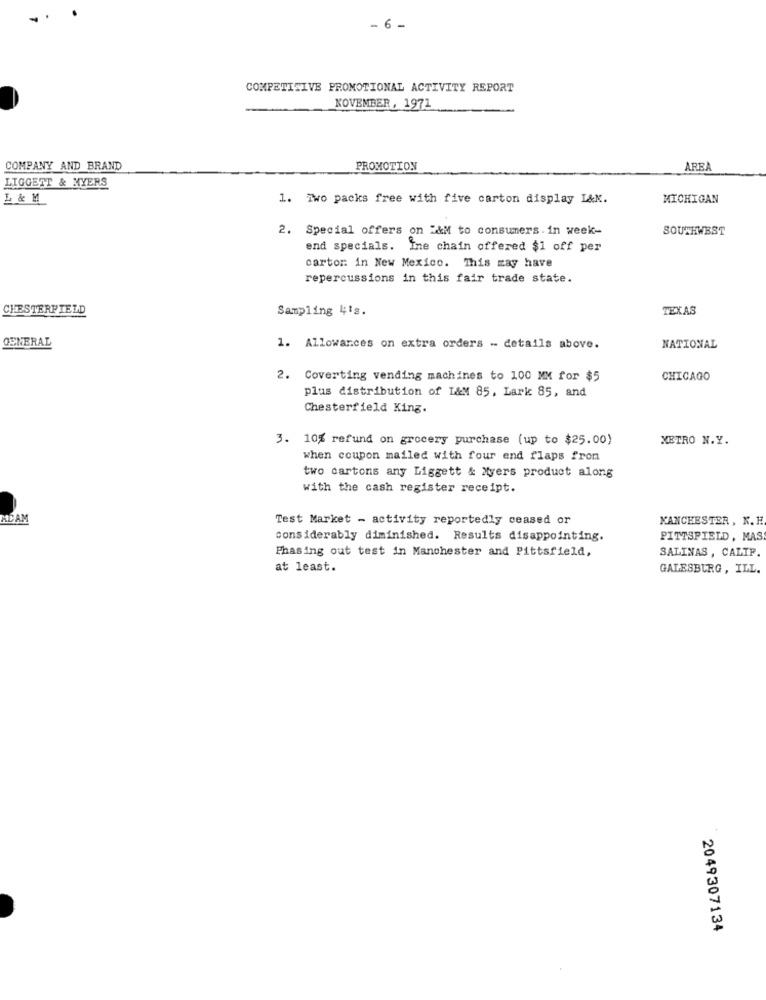
. 6 -
COMPETISIVE PROMOTIONAL ACTIVITY REPORT
NOVEMBER, 1971
COMPANY AND BRAND
PROMOTION
AREA
LIGGETT & MYERS
L & M
1. Two packs free with five carton display L&K.
MICHIGAN
2. Special offers on "&M to consumers. in week-
SOUTHWEST
end specials. Ine chain offered $1 off per
cartor: in New Mexico. This may have
repercussions in this fair trade state.
CHESTERFIELD
Sampling 41s.
TEXAS
GENERAL
1. Allowances on extra orders - details above.
NATIONAL
2. Coverting vending machines to 100 MM for $5
CHICAGO
plus distribution of I&M 85, Lark 85, and
Chesterfield King.
3. 10% refund on grocery purchase (up to $25.00)
METRO N.Y.
when coupon mailed with four end flaps from
two cartons any Liggett & Myers product along
with the cash register receipt.
ADAM
Test Market - activity reportedly ceased or
KANCHESTER, N. H.
considerably diminished. Results disappointing.
PITTSFIELD, MAS
Phasing out test in Manchester and Pittsfield,
SALINAS , CALIF.
at least.
GALESBURG, ILL.
2049307134